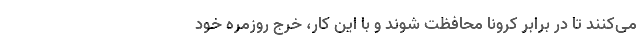
می‌کنند تا در برابر کرونا محافظت شوند و با این کار، خرج روزمره خود